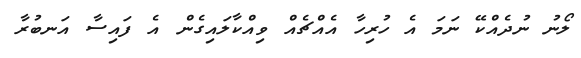
ލޯނު ނުދެއްކޭ ނަމަ އެ ހުރިހާ އެއްޗެއް ވިއްކާލައިގެން އެ ފައިސާ އަނބުރާ